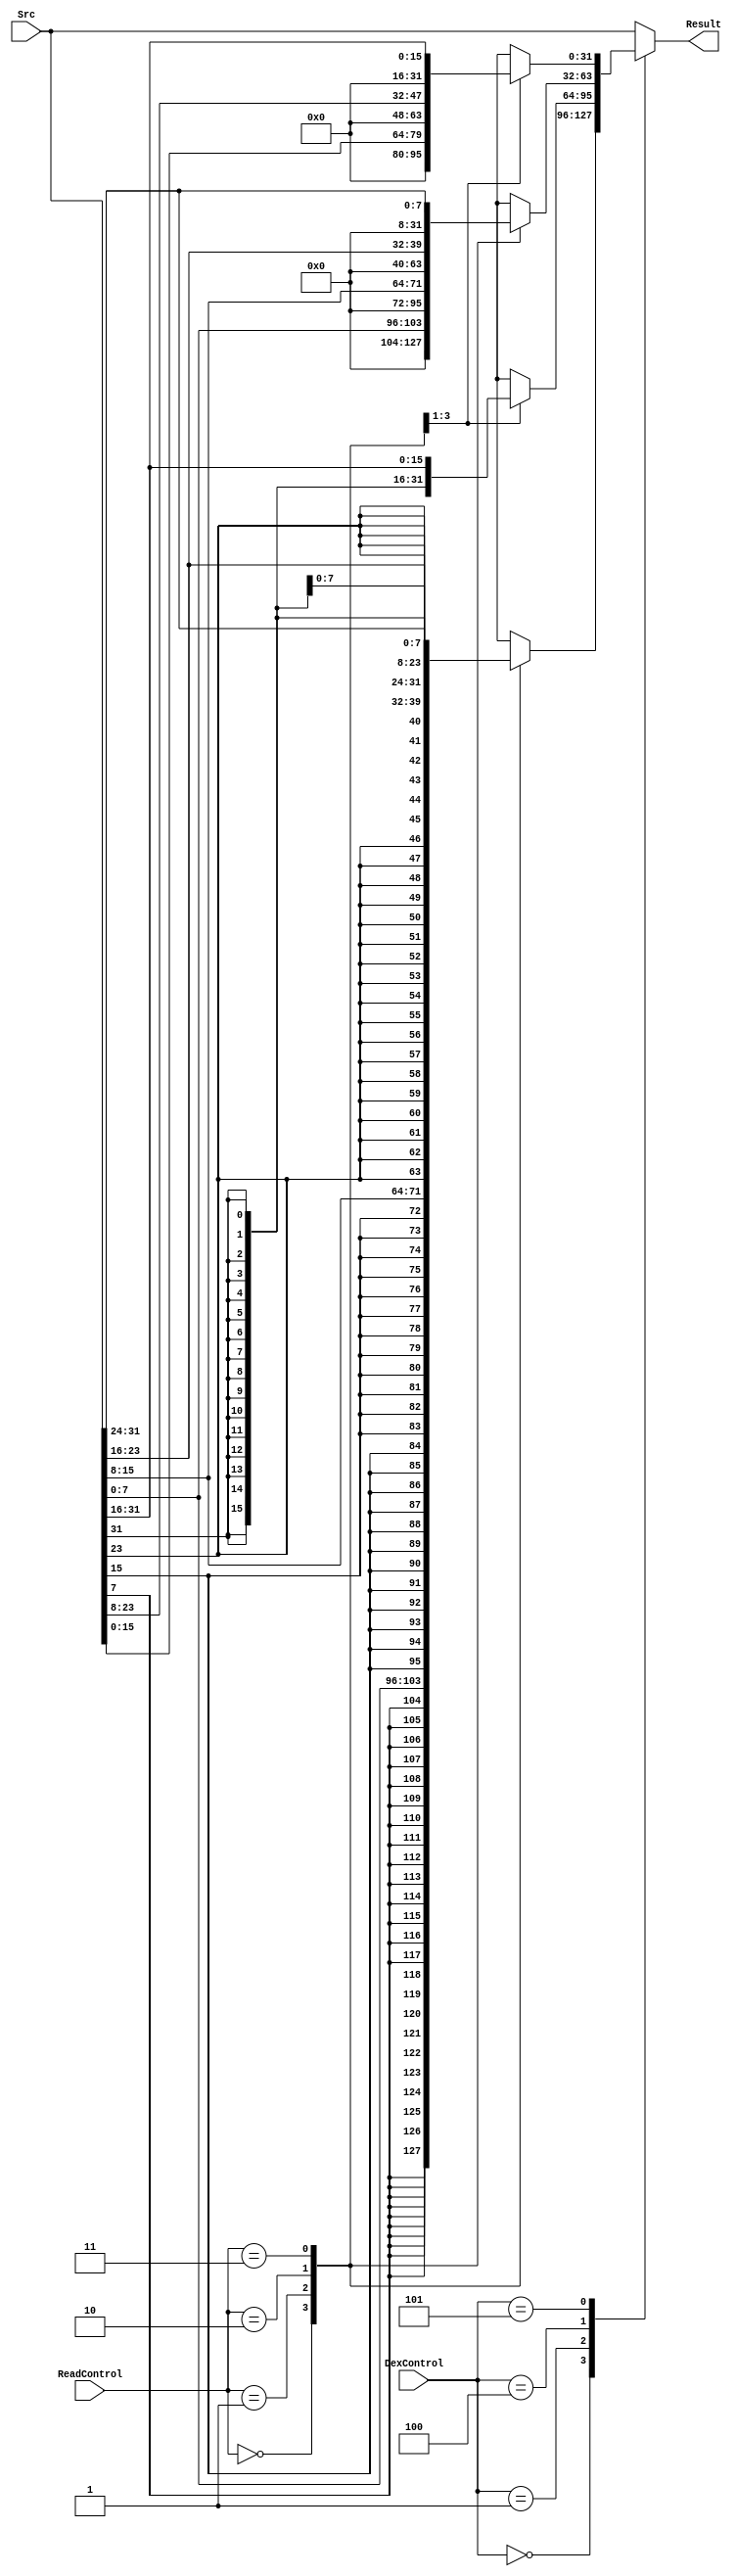
module Truncate (ReadControl, Src, Result, DexControl);
	
	input [1:0] ReadControl;
	input [31:0] Src;
	input [2:0] DexControl;
	
	output reg [31:0] Result;
	
	always @(*) begin
		case (DexControl)
             3'b000: 
             begin
                case (ReadControl)
                2'b00: Result = {{24 {Src[7]}}, Src[7:0]};
                2'b01: Result = {{24 {Src[15]}}, Src[15:8]};
                2'b10: Result = {{24 {Src[23]}}, Src[23:16]};
                2'b11: Result = {{24 {Src[31]}}, Src[31:24]};
                default: Result = {32{1'bx}};
                endcase
             end
             
             3'b001: 
             begin
               case (ReadControl)
                2'b00: Result = {{16 {Src[15]}}, Src[15:0]};
                2'b01: Result = {{16 {Src[23]}}, Src[23:8]};
                2'b10: Result = {{16 {Src[31]}}, Src[31:16]};
                default: Result = {32{1'bx}};
                endcase
             end

             3'b010: Result = Src;
             
             3'b100:
             begin
                case (ReadControl)
                2'b00: Result = {{24 {1'b0}}, Src[7:0]};
                2'b01: Result = {{24 {1'b0}}, Src[15:8]};
                2'b10: Result = {{24 {1'b0}}, Src[23:16]};
                2'b11: Result = {{24 {1'b0}}, Src[31:24]};
                default: Result = {32{1'bx}};
                endcase
             end
             
             3'b101:
             begin
               case (ReadControl)
                2'b00: Result = {{16 {1'b0}}, Src[15:0]};
                2'b01: Result = {{16 {1'b0}}, Src[23:8]};
                2'b10: Result = {{16 {1'b0}}, Src[31:16]};
                default: Result = {32{1'bx}};
                endcase
             end
             
           default: Result = Src;
         endcase
	end
	
endmodule